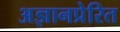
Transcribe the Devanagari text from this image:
अज्ञानप्रेरित